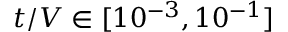
t / V \in [ 1 0 ^ { - 3 } , 1 0 ^ { - 1 } ]